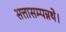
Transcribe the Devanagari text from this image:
सत्तासम्पन्नथे।